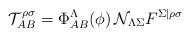
LaTeX: \begin{align*}\mathcal{T}_{AB}^{\rho \sigma } = \Phi^\Lambda_{AB}(\phi) \, \mathcal{N}_{\Lambda\Sigma} F^{\Sigma\vert \rho \sigma }\end{align*}